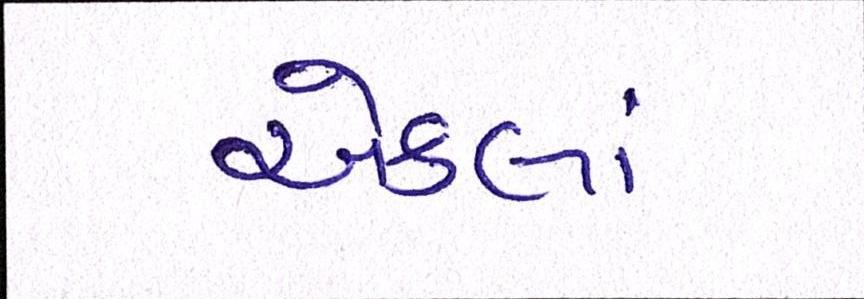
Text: એકલાં